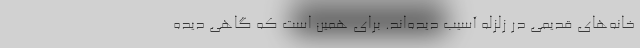
خانه‌هاي قديمي در زلزله آسيب ديده‌اند. براي همين است كه گاهي ديده